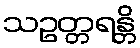
သဥတ္တရန္တိ